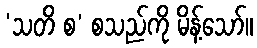
‘သတိ စ’ စသည်ကို မိန့်သော်။